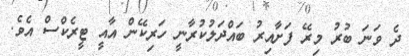
ދެ ވަނަ ބުރު މިރޭ ފަށާއިރު ބައްދަލުކުރާނީ ހަރިކޭން އާއީ ޓީރެކްސް އެވެ.